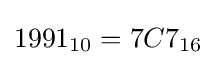
1991_{10}=7C7_{16}